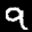
Label: 9